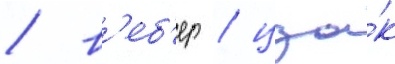
/ в'еб'ер / цза́к